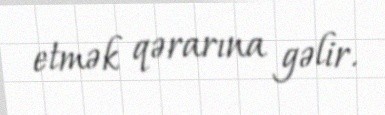
etmək qərarına gəlir.